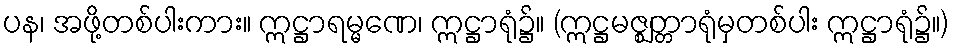
ပန၊ အဖို့တစ်ပါးကား။ ဣဋ္ဌာရမ္မဏေ၊ ဣဋ္ဌာရုံ၌။ (ဣဋ္ဌမဇ္ဈတ္တာရုံမှတစ်ပါး ဣဋ္ဌာရုံ၌။)